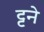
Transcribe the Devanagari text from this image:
ट्टने